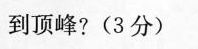
到顶峰?(3分)